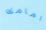
امامك